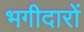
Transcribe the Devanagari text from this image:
भगीदारों